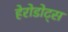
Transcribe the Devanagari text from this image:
हेरोडोट्स